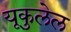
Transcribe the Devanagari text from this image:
यूकुलेल